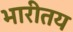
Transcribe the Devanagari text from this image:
भारीतय